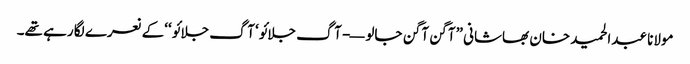
مولانا عبدالحمید خان بھاشانی ”آگن آگن جالو—- آگ جلائو‘ آگ جلائو ‘‘کے نعرے لگا رہے تھے۔